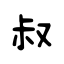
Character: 叔